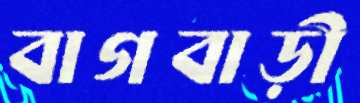
বাগবাড়ী